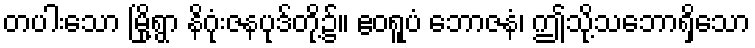
တပါးသော မြို့ရွာ နိဂုံးဇနပုဒ်တို့၌။ ဧဝရူပံ ဘောဇနံ၊ ဤသို့သဘောရှိသော